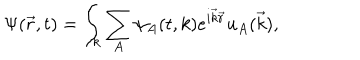
\Psi ( \vec { r } , t ) = \int _ { k } \sum _ { A } \psi _ { A } ( t , k ) e ^ { i { \vec { k } } { \vec { r } } } u _ { A } ( \vec { k } ) ,